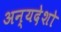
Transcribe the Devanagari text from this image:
अन्यदेशो